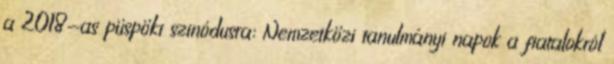
a 2018-as püspöki szinódusra: Nemzetközi tanulmányi napok a fiatalokról